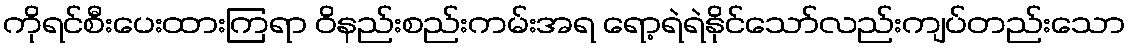
ကိုရင်စီးပေးထားကြရာ ဝိနည်းစည်းကမ်းအရ ရော့ရဲရဲနိုင်သော်လည်းကျပ်တည်းသော